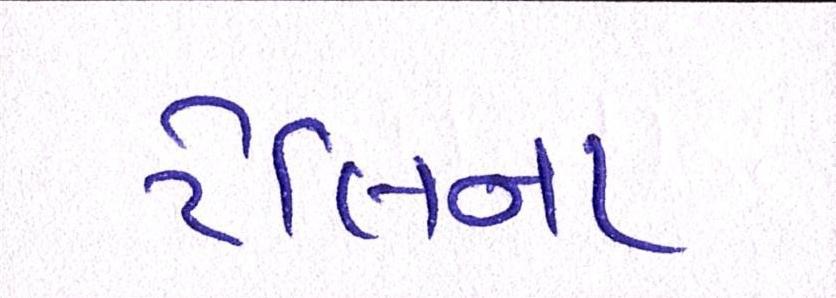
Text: ટેલિના